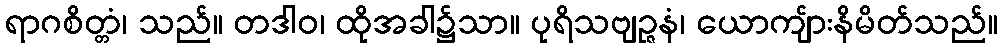
ရာဂစိတ္တံ၊ သည်။ တဒါဝ၊ ထိုအခါ၌သာ။ ပုရိသဗျဉ္ဇနံ၊ ယောကျ်ားနိမိတ်သည်။